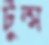
টুল্স